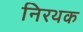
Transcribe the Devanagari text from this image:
निरथक